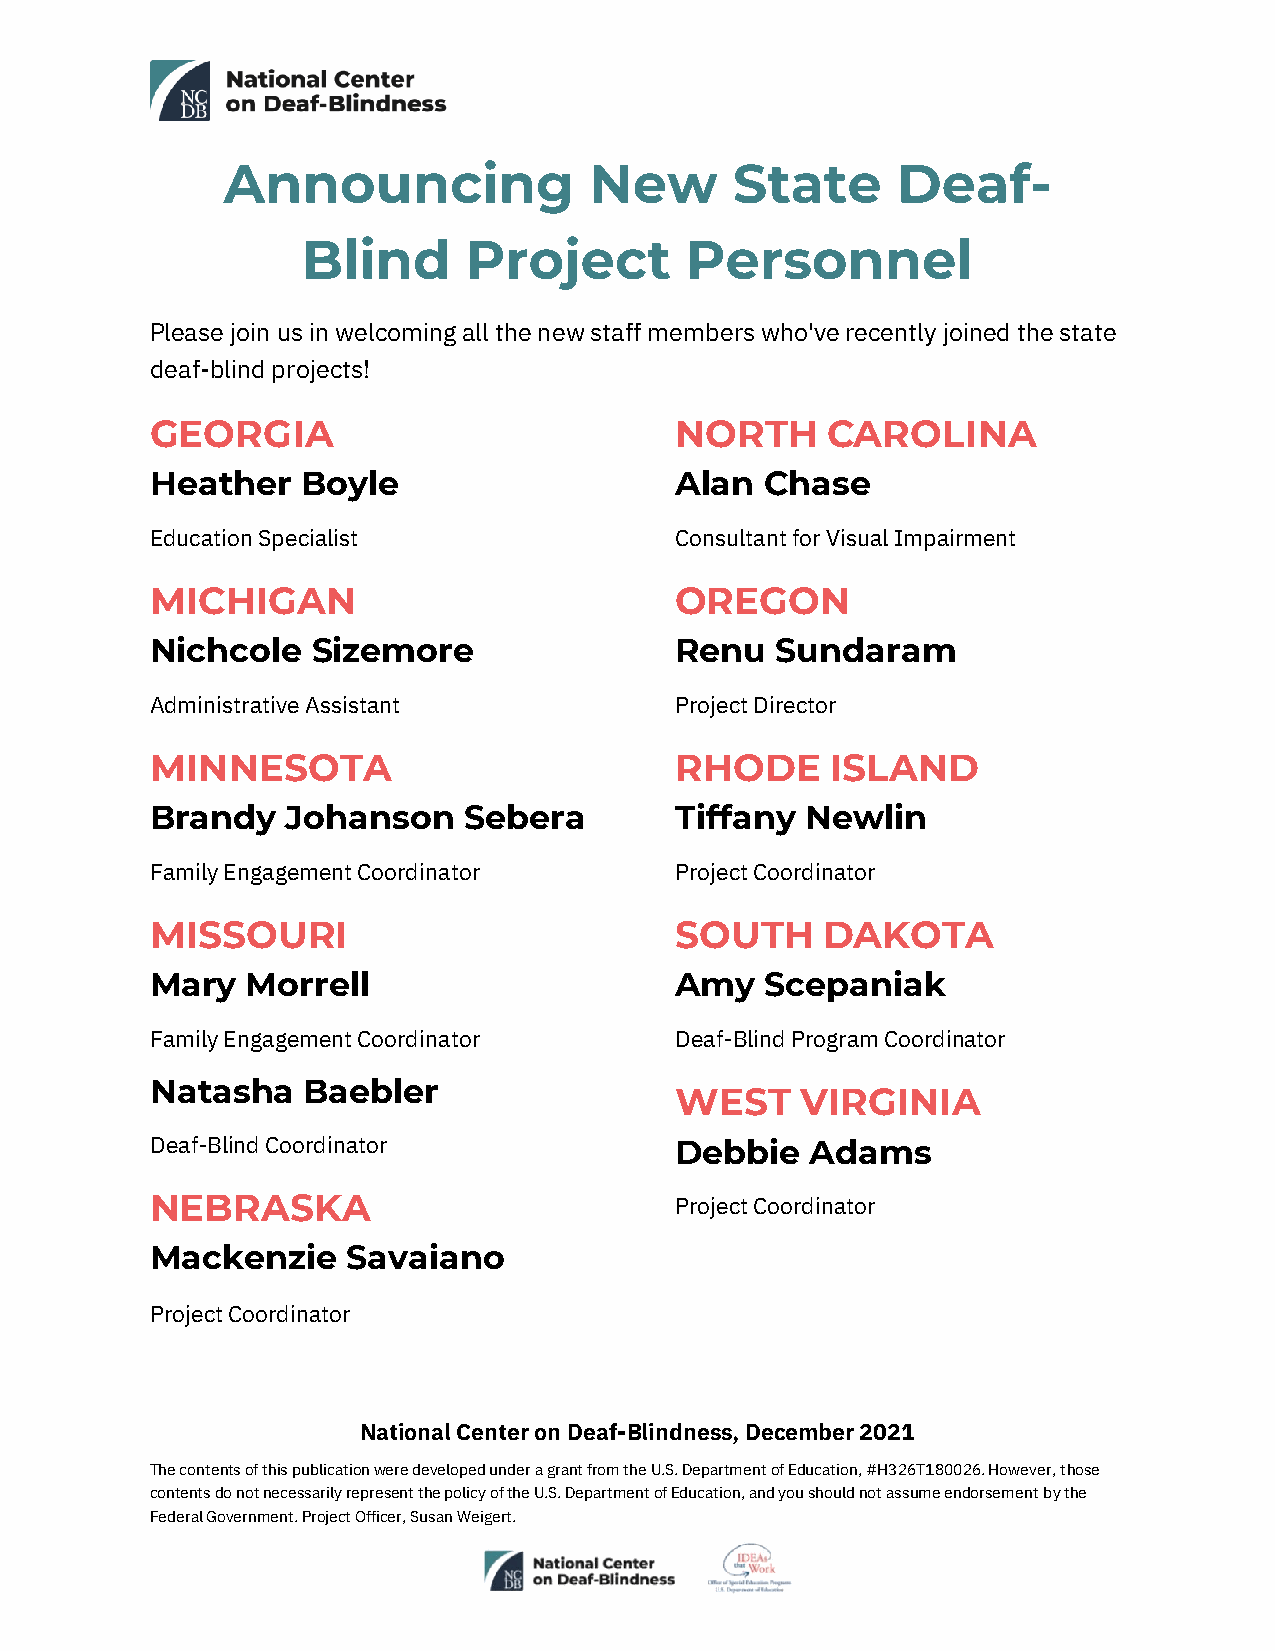
Announcing              New       State     Deaf-
 Blind      Project       Personnel
 Please join us in welcoming all the new staff members who've recently joined the state
 deaf-blind projects!
 GEORGIA                            NORTH     CAROLINA
 Heather   Boyle                    Alan  Chase
 Education Specialist               Consultant for Visual Impairment
 MICHIGAN                           OREGON
 Nichcole   Sizemore                Renu  Sundaram
 Administrative Assistant           Project Director
 MINNESOTA                          RHODE     ISLAND
 Brandy   Johanson    Sebera        Tiffany Newlin
 Family Engagement Coordinator      Project Coordinator
 MISSOURI                           SOUTH    DAKOTA
 Mary  Morrell                      Amy   Scepaniak
 Family Engagement Coordinator      Deaf-Blind Program Coordinator
 Natasha   Baebler
 WEST    VIRGINIA
 Deaf-Blind Coordinator             Debbie   Adams
 NEBRASKA                           Project Coordinator
 Mackenzie    Savaiano
 Project Coordinator
 National Center on Deaf-Blindness, December 2021
 The contents of this publication were developed under a grant from the U.S. Department of Education, #H326T180026. However, those
 contents do not necessarily represent the policy of the U.S. Department of Education, and you should not assume endorsement by the
 Federal Government. Project Officer, Susan Weigert.